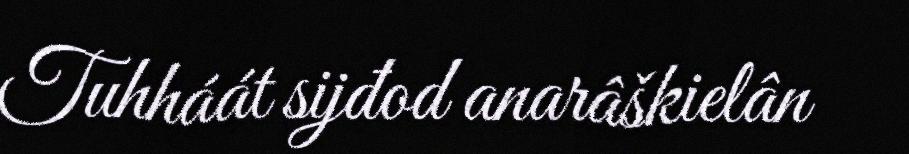
Tuhháát sijđod anarâškielân